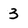
Character: 3